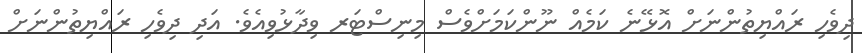
ދިވެހި ރައްޔިތުންނަށް އޮޅޭނެ ކަމެއް ނޫންކަމަށްވެސް މިނިސްޓަރ ވިދާޅުވިއެވެ. އަދި ދިވެހި ރައްޔިތުންނަށް